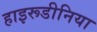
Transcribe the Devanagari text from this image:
हाइरूडीनिया